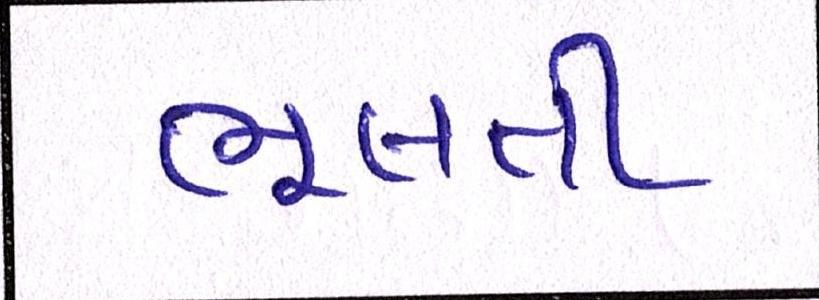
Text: ભૂલતી